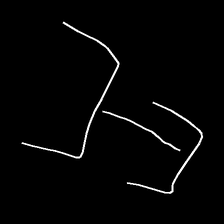
Glyph: entwine